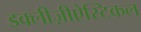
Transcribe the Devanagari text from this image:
इक्लीज़ीऐस्टिकल